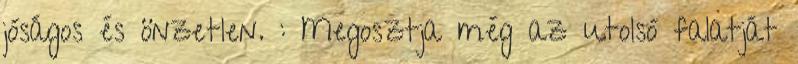
jóságos és önzetlen. : Megosztja még az utolsó falatját